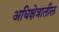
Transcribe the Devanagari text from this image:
अधिक्षेत्रातील